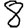
Digit: 8